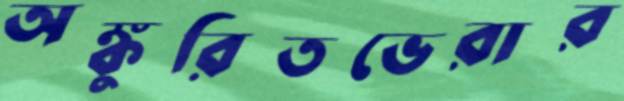
অঙ্কুরিতভেরার